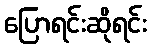
ပြောရင်းဆိုရင်း